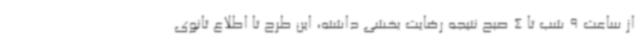
از ساعت 9 شب تا 4 صبح نتیجه رضایت بخشی داشته، این طرح تا اطلاع ثانوی